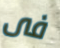
فى